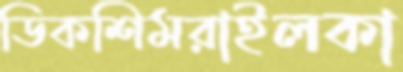
ডিকশিমরাইলকা